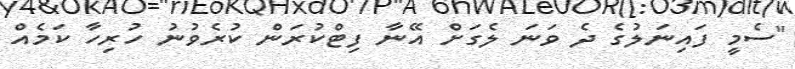
"ސެމީ ފައިނަލުގެ ދެ ވަނަ ލެގަށް އޭނާ ފިޓްކުރަން ކުރެވުނު ހުރިހާ ކަމެއް